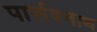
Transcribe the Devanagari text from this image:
पार्शवनाथ